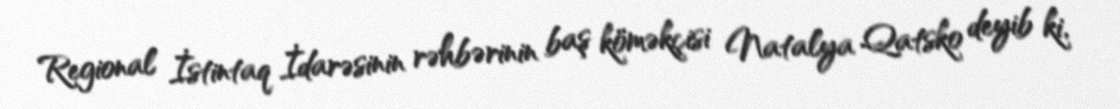
Regional İstintaq İdarəsinin rəhbərinin baş köməkçisi Natalya Qatsko deyib ki,